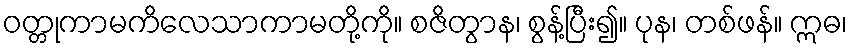
ဝတ္တုကာမကိလေသာကာမတို့ကို။ စဇိတွာန၊ စွန့်ပြီး၍။ ပုန၊ တစ်ဖန်။ ဣဓ၊